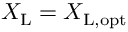
X _ { \mathrm { L } } = X _ { \mathrm { L , o p t } }